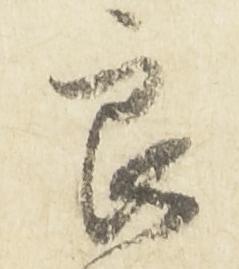
良